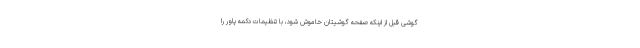
گوشی قبل از اینکه صفحه گوشیتان خاموش شود، با تنظیمات دکمه پاور را